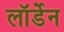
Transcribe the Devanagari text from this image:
लॉर्डेन